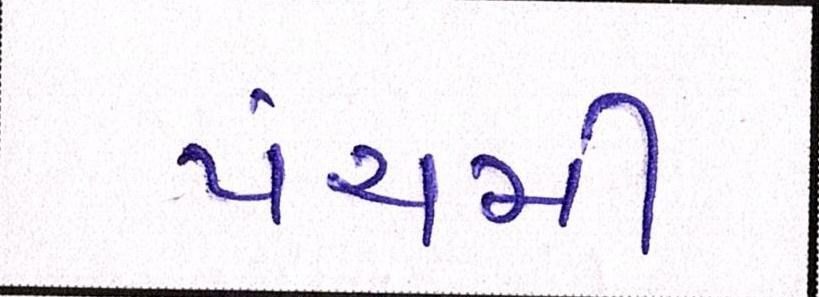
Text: પંચમી